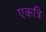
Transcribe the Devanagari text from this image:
एकत्रि